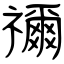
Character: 禰